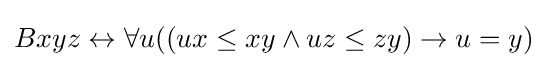
Bxyz\leftrightarrow \forall u((ux\leq xy\land uz\leq zy)\rightarrow u=y)